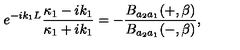
e ^ { - i k _ { 1 } L } \frac { \kappa _ { 1 } - i k _ { 1 } } { \kappa _ { 1 } + i k _ { 1 } } = - \frac { B _ { a _ { 2 } a _ { 1 } } ( + , \beta ) } { B _ { a _ { 2 } a _ { 1 } } ( - , \beta ) } ,